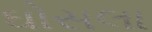
ઘોસલા